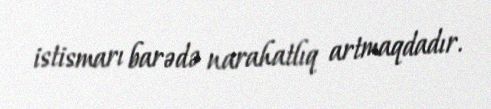
istismarı barədə narahatlıq artmaqdadır.